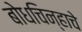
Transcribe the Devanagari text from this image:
बोधचिन्हाचे